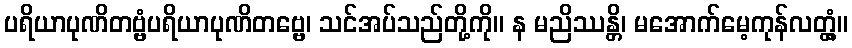
ပရိယာပုဏိတဗ္ဗံပရိယာပုဏိတဗ္ဗေ၊ သင်အပ်သည်တို့ကို။ န မညိဿန္တိ၊ မအောက်မေ့ကုန်လတ္တံ့။